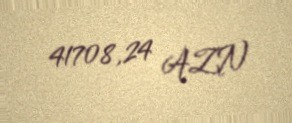
41708,24 AZN